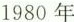
1980年